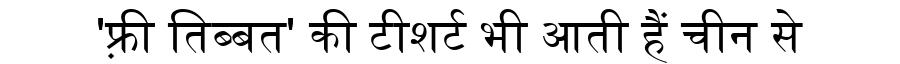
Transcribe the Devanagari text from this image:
'फ़्री तिब्बत' की टीशर्ट भी आती हैं चीन से